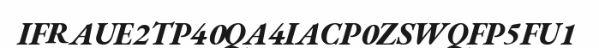
IFRAUE2TP40QA4IACP0ZSWQFP5FU1